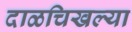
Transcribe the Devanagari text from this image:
दाळचिखल्या